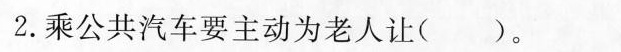
2.乘公共汽车要主动为老人让( )。